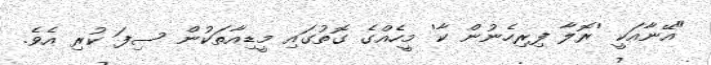
"އޭނާއަކީ 'ރޮލާ ފިރިހެނުން ކާ' މީހެއްގެ ގޮތުގައި މީޑިއާތަކުން ސިފަ ކުރި އެވެ.